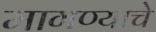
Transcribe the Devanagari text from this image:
मागण्याचे